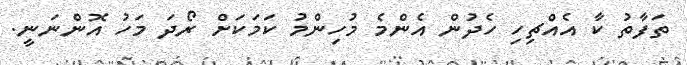
ތަފާތު ކާ އެއްޗިހި ހެދުން އެންމެ މުހިންމު ކަމަކަށް ރޯދަ މަހު އޮންނަނީ.